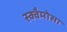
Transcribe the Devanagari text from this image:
स्क्वैमोसा